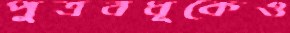
পুত্রবধূকেও